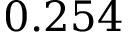
0 . 2 5 4